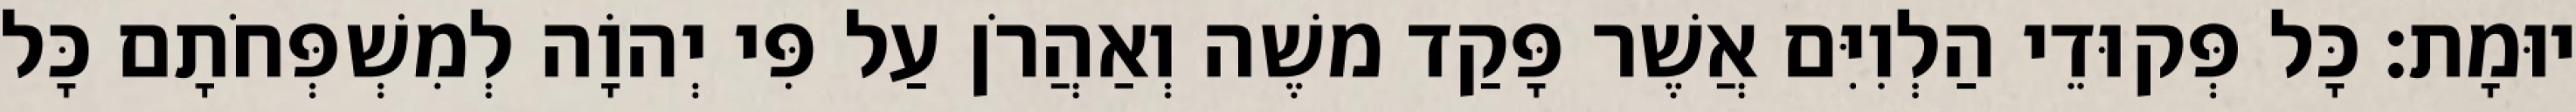
יוּמָת׃ כָּל פְּקוּדֵי הַלְוִיִּם אֲשֶׁר פָּקַד משֶׁה וְאַהֲרֹן עַל פִּי יְהוָֹה לְמִשְׁפְּחֹתָם כָּל